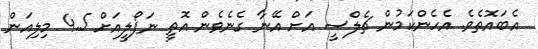
އެބައޮތެވެ. އެހެންކަމުން ޗެލްސީ އަށް އޭނާ ގެނެވެން އޮތީ ނަޕޯލީއަށް 4.5 މިލިއަން